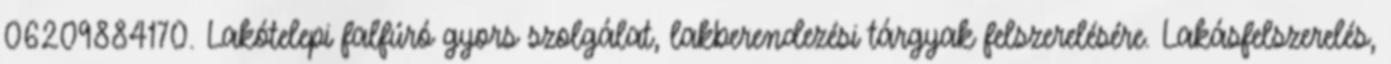
06209884170. Lakótelepi falfúró gyors szolgálat, lakberendezési tárgyak felszerelésére. Lakásfelszerelés,